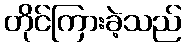
တိုင်ကြားခဲ့သည်